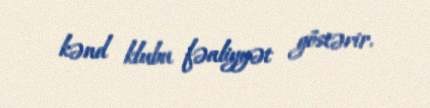
kənd klubu fəaliyyət göstərir.